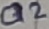
Text: Q2